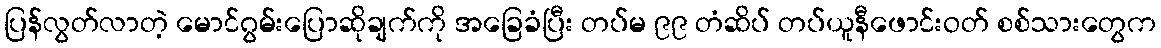
ပြန်လွတ်လာတဲ့ မောင်ဂွမ်းပြောဆိုချက်ကို အခြေခံပြီး တပ်မ ၉၉ တံဆိပ် တပ်ယူနီဖောင်းဝတ် စစ်သားတွေက